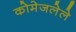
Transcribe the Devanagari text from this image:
कोमेजलेले